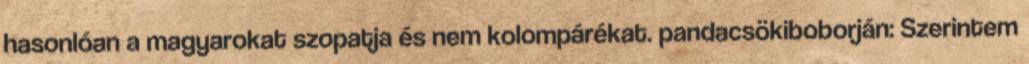
hasonlóan a magyarokat szopatja és nem kolompárékat. pandacsökiboborján: Szerintem